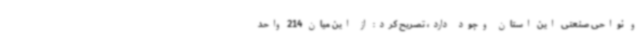
و نواحی صنعتی این استان وجود دارد، تصریح کرد: از این میان 214 واحد